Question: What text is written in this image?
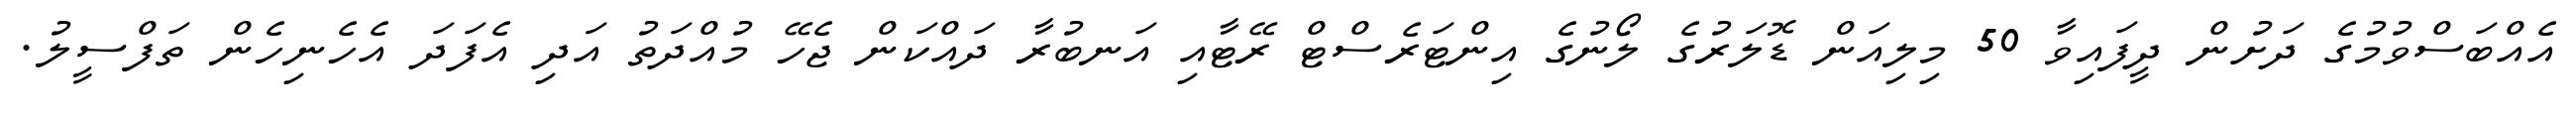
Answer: އެއްބަސްވުމުގެ ދަށުން ދީފައިވާ 50 މިލިއަން ޑޮލަރުގެ ލޯނުގެ އިންޓަރެސްޓް ރޭޓާއި އަނބުރާ ދައްކަން ޖެހޭ މުއްދަތު އަދި އެފަދަ އެހެނިހެން ތަފްސީލު.